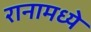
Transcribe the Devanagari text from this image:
रानामध्ये